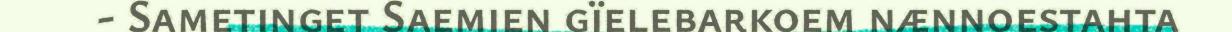
- Sametinget Saemien gïelebarkoem nænnoestahta